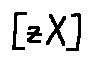
[ z X ]